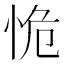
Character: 恑